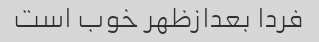
فردا بعدازظهر خوب است